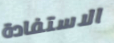
الاستفادة